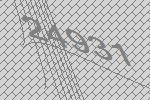
24931